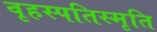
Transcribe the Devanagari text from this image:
वृहस्पतिस्मृति